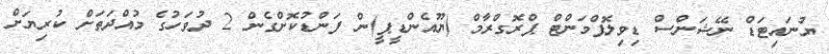
ޔުނައިޓަޑް ނޭޝަންސް ޑިވިލޮޕްމަންޓް ޕްރޮގްރާމް (ޔޫއެންޑީޕީ)ން ފަންޑުކޮށްގެން 2 ދުވަހުގެ މުއްދަތަށް ކުރިޔަށް